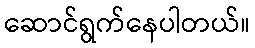
ဆောင်ရွက်နေပါတယ်။